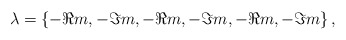
\begin{align*}\lambda = \{-\Re m,-\Im m,-\Re m,-\Im m,-\Re m,-\Im m\}\,,\end{align*}